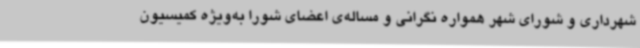
شهرداری و شورای شهر همواره نگرانی و مساله‌ی اعضای شورا به‌ویژه کمیسیون